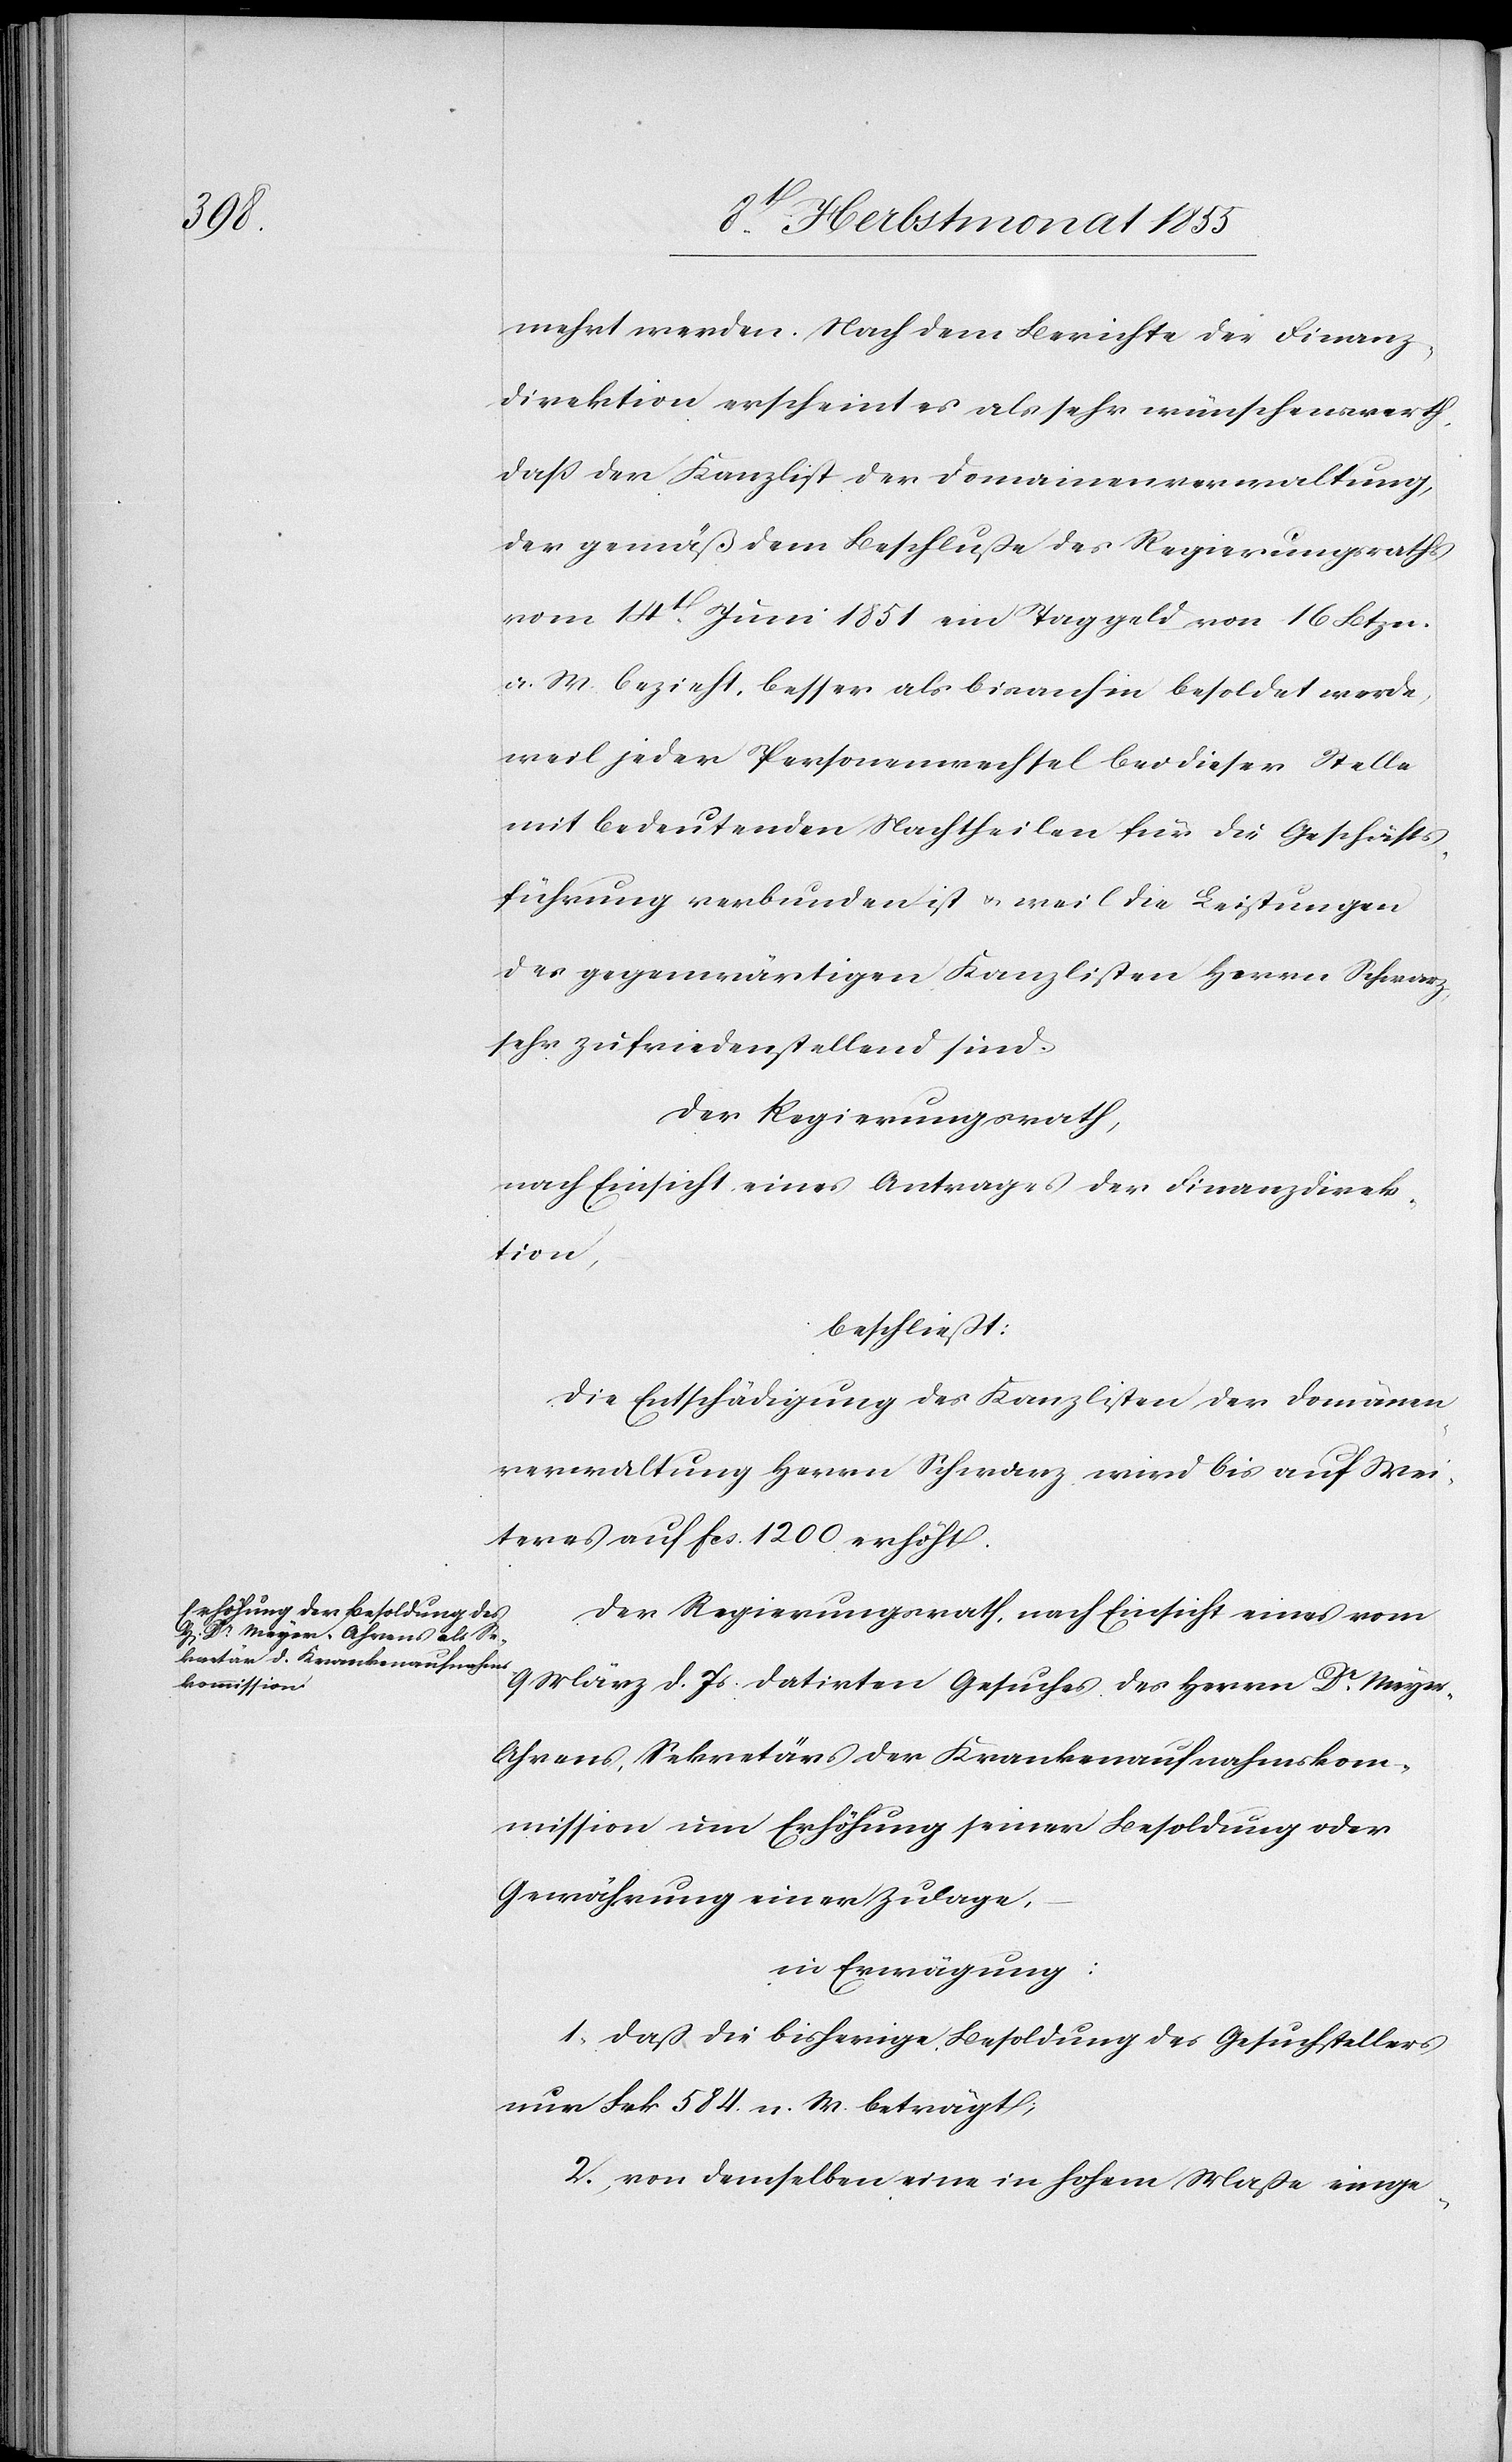
mehrt werden. Nach dem Berichte der Finanz¬
direktion erscheint es als sehr wünschenswerth,
daß der Kanzlist der Domainenverwaltung,
der gemäß dem Beschluße des Regierungsraths
vom 14t. Juni 1851 ein Taggeld von 16 Btzn.
a. W. bezieht, besser als bisanhin besoldet werde,
weil jeder Personenwechsel bei dieser Stelle
mit bedeutenden Nachtheilen für die Geschäfts¬
führung verbunden ist & weil die Leistungen
des gegenwärtigen Kanzlisten Herrn Schwarz
sehr zufriedenstellend sind.
Der Regierungsrath,
nach Einsicht eines Antrages der Finanzdirek¬
tion,
beschließt:
Die Entschädigung des Kanzlisten der Domänen¬
verwaltung Herrn Schwarz wird bis auf Wei¬
teres auf Fcs. 1200 erhöht.
Der Regierungsrath, nach Einsicht eines vom
9 März d. Js. datirten Gesuches des Herrn Dr. Meyer-A¬
hrens, Sekretärs der Krankenaufnahmskom¬
mission um Erhöhung seiner Besoldung oder
Gewährung einer Zulage,
–
in Erwägung:
1, daß die bisherige Besoldung des Gesuchstellers
nur Frk. 584. n. W. beträgt;
2., von demselben eine in hohem Maße einge-